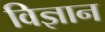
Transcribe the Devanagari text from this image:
विज्ञान